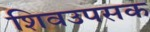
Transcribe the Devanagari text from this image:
शिवउपसक